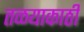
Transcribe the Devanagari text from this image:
तळयाकाठी